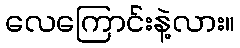
လေကြောင်းနဲ့လား။